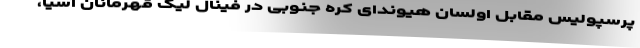
پرسپولیس مقابل اولسان هیوندای کره جنوبی در فینال لیگ قهرمانان آسیا،